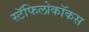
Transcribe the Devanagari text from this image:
स्टॅफिलोकॉकस